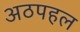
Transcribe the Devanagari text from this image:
अठपहल